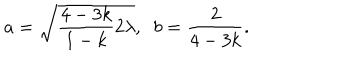
LaTeX: a = \sqrt { \frac { 4 - 3 k } { 1 - k } 2 \lambda } , \; \; b = \frac { 2 } { 4 - 3 k } .